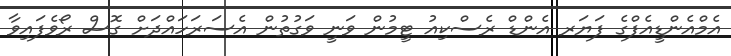
އެމްއެންޑީއެފްގެ ފަޔަރ އެންޑް ރެސްކިއު ޓީމުން ވަނީ ވަގުތުން އެސަރަހައްދަށް ގޮސް ރޯވެފައިވާ